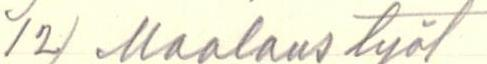
12) Maalaustyöt